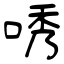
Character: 唀